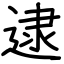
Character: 逮